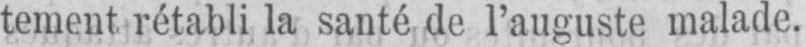
tement rétabli la santé de l’auguste malade.